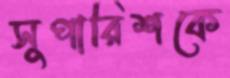
সুপারিশকে